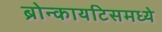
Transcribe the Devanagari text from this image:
ब्रोन्कायटिसमध्ये